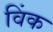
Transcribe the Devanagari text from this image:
विंक